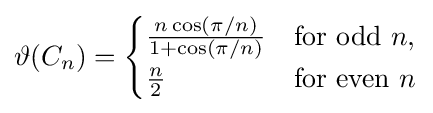
\vartheta (C_{n})={\begin{cases}{\frac {n\cos(\pi /n)}{1+\cos(\pi /n)}}&{\text{for odd }}n,\\{\frac {n}{2}}&{\text{for even }}n\end{cases}}